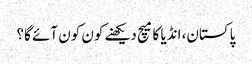
پاکستان، انڈیا کا میچ دیکھنے کون کون آئے گا؟